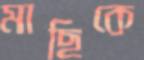
মাছিকে